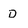
Character: D